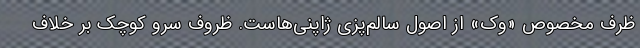
ظرف مخصوص «وُک» از اصول سالم‌پزی ژاپنی‌هاست. ظروف سرو کوچک بر خلاف